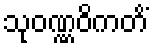
သုဝဏ္ဏဝိကတိံ